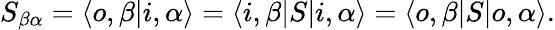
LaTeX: S_{\beta\alpha}=\langle o,\beta|i,\alpha\rangle=\langle i,\beta|S|i,\alpha\rangle=\langle o,\beta|S|o,\alpha\rangle.